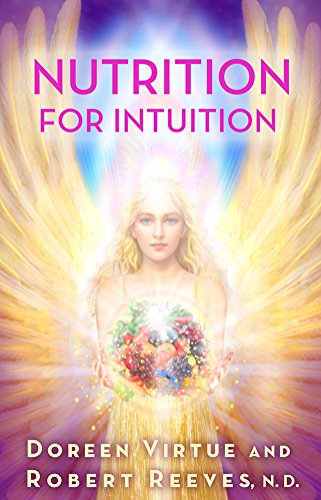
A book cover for Nutrition for Intuition; Doreen Virtue; Medical Books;